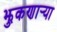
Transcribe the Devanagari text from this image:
झुकणार्‍या